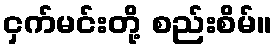
ငှက်မင်းတို့ စည်းစိမ်။